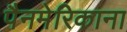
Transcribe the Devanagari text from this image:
पैनमेरिकाना